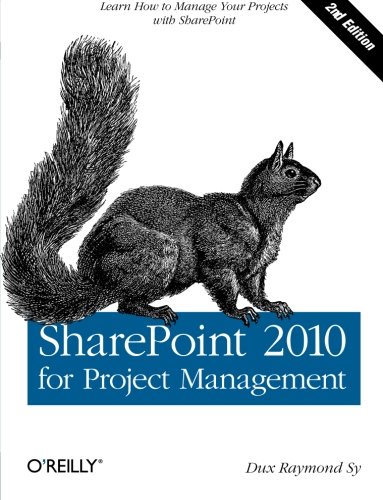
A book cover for SharePoint 2010 for Project Management; Dux Raymond Sy; Computers & Technology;